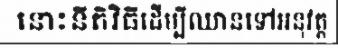
នោះនីតិវិធីដើម្បីឈានទៅអនុវត្ត